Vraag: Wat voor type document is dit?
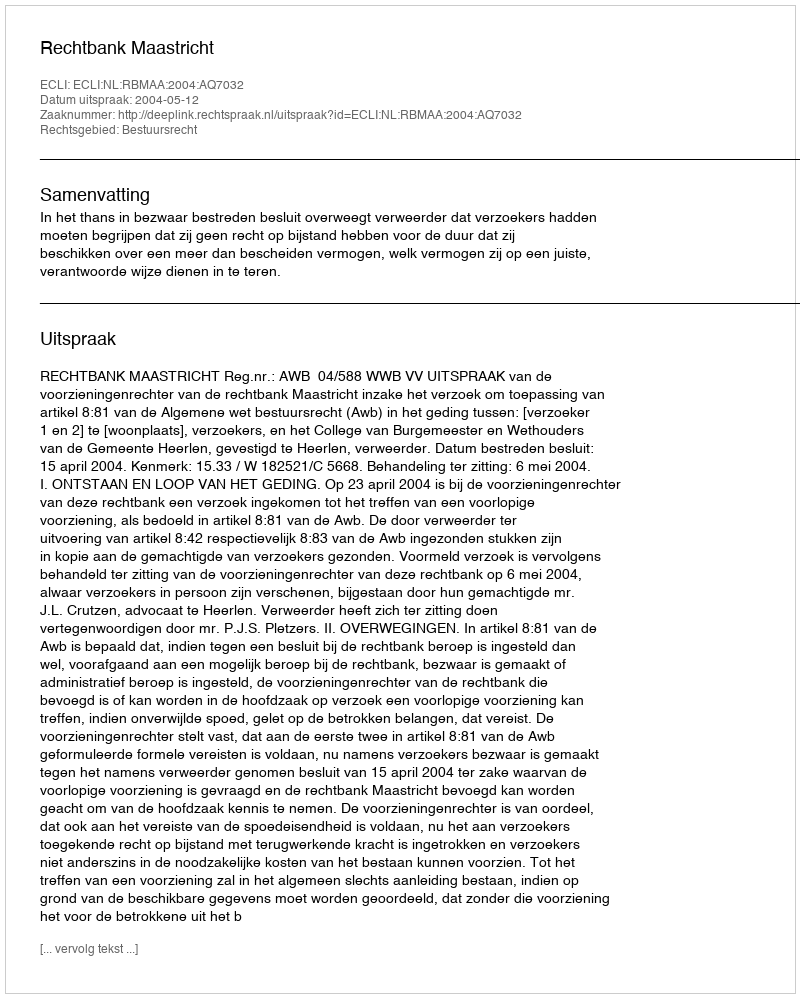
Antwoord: Uitspraak